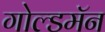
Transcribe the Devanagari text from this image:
गोल्डमॅन